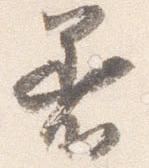
着